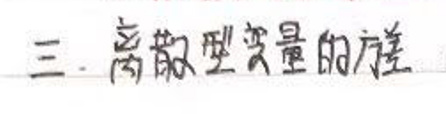
三、离散型变量的方差